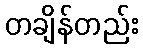
တချိန်တည်း